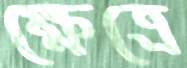
ক্ষেত্রে